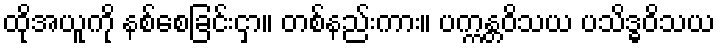
ထိုအယူကို နစ်စေခြင်းငှာ။ တစ်နည်းကား။ ပက္ကန္တဝိသယ ပသိဒ္ဓဝိသယ